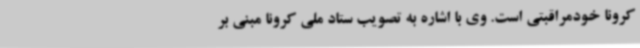
کرونا خودمراقبتی است. وی با اشاره به تصویب ستاد ملی کرونا مبنی بر